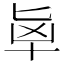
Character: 𰅵